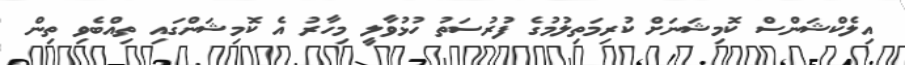
އިލެކްޝަންސް ކޮމިޝަނަށް ކުރިމަތިލުމުގެ ފުރުސަތު ހުޅުވާލީ މިހާރު އެ ކޮމިޝަންގައި ތިއްބެވި ތިން